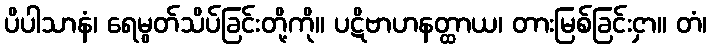
ပိပါသာနံ၊ ရေမွတ်သိပ်ခြင်းတို့ကို။ ပဋိဗာဟနတ္ထာယ၊ တားမြစ်ခြင်းငှာ။ တံ၊